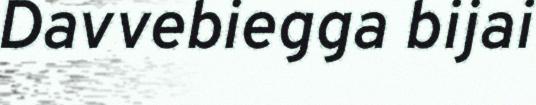
Davvebiegga bijai